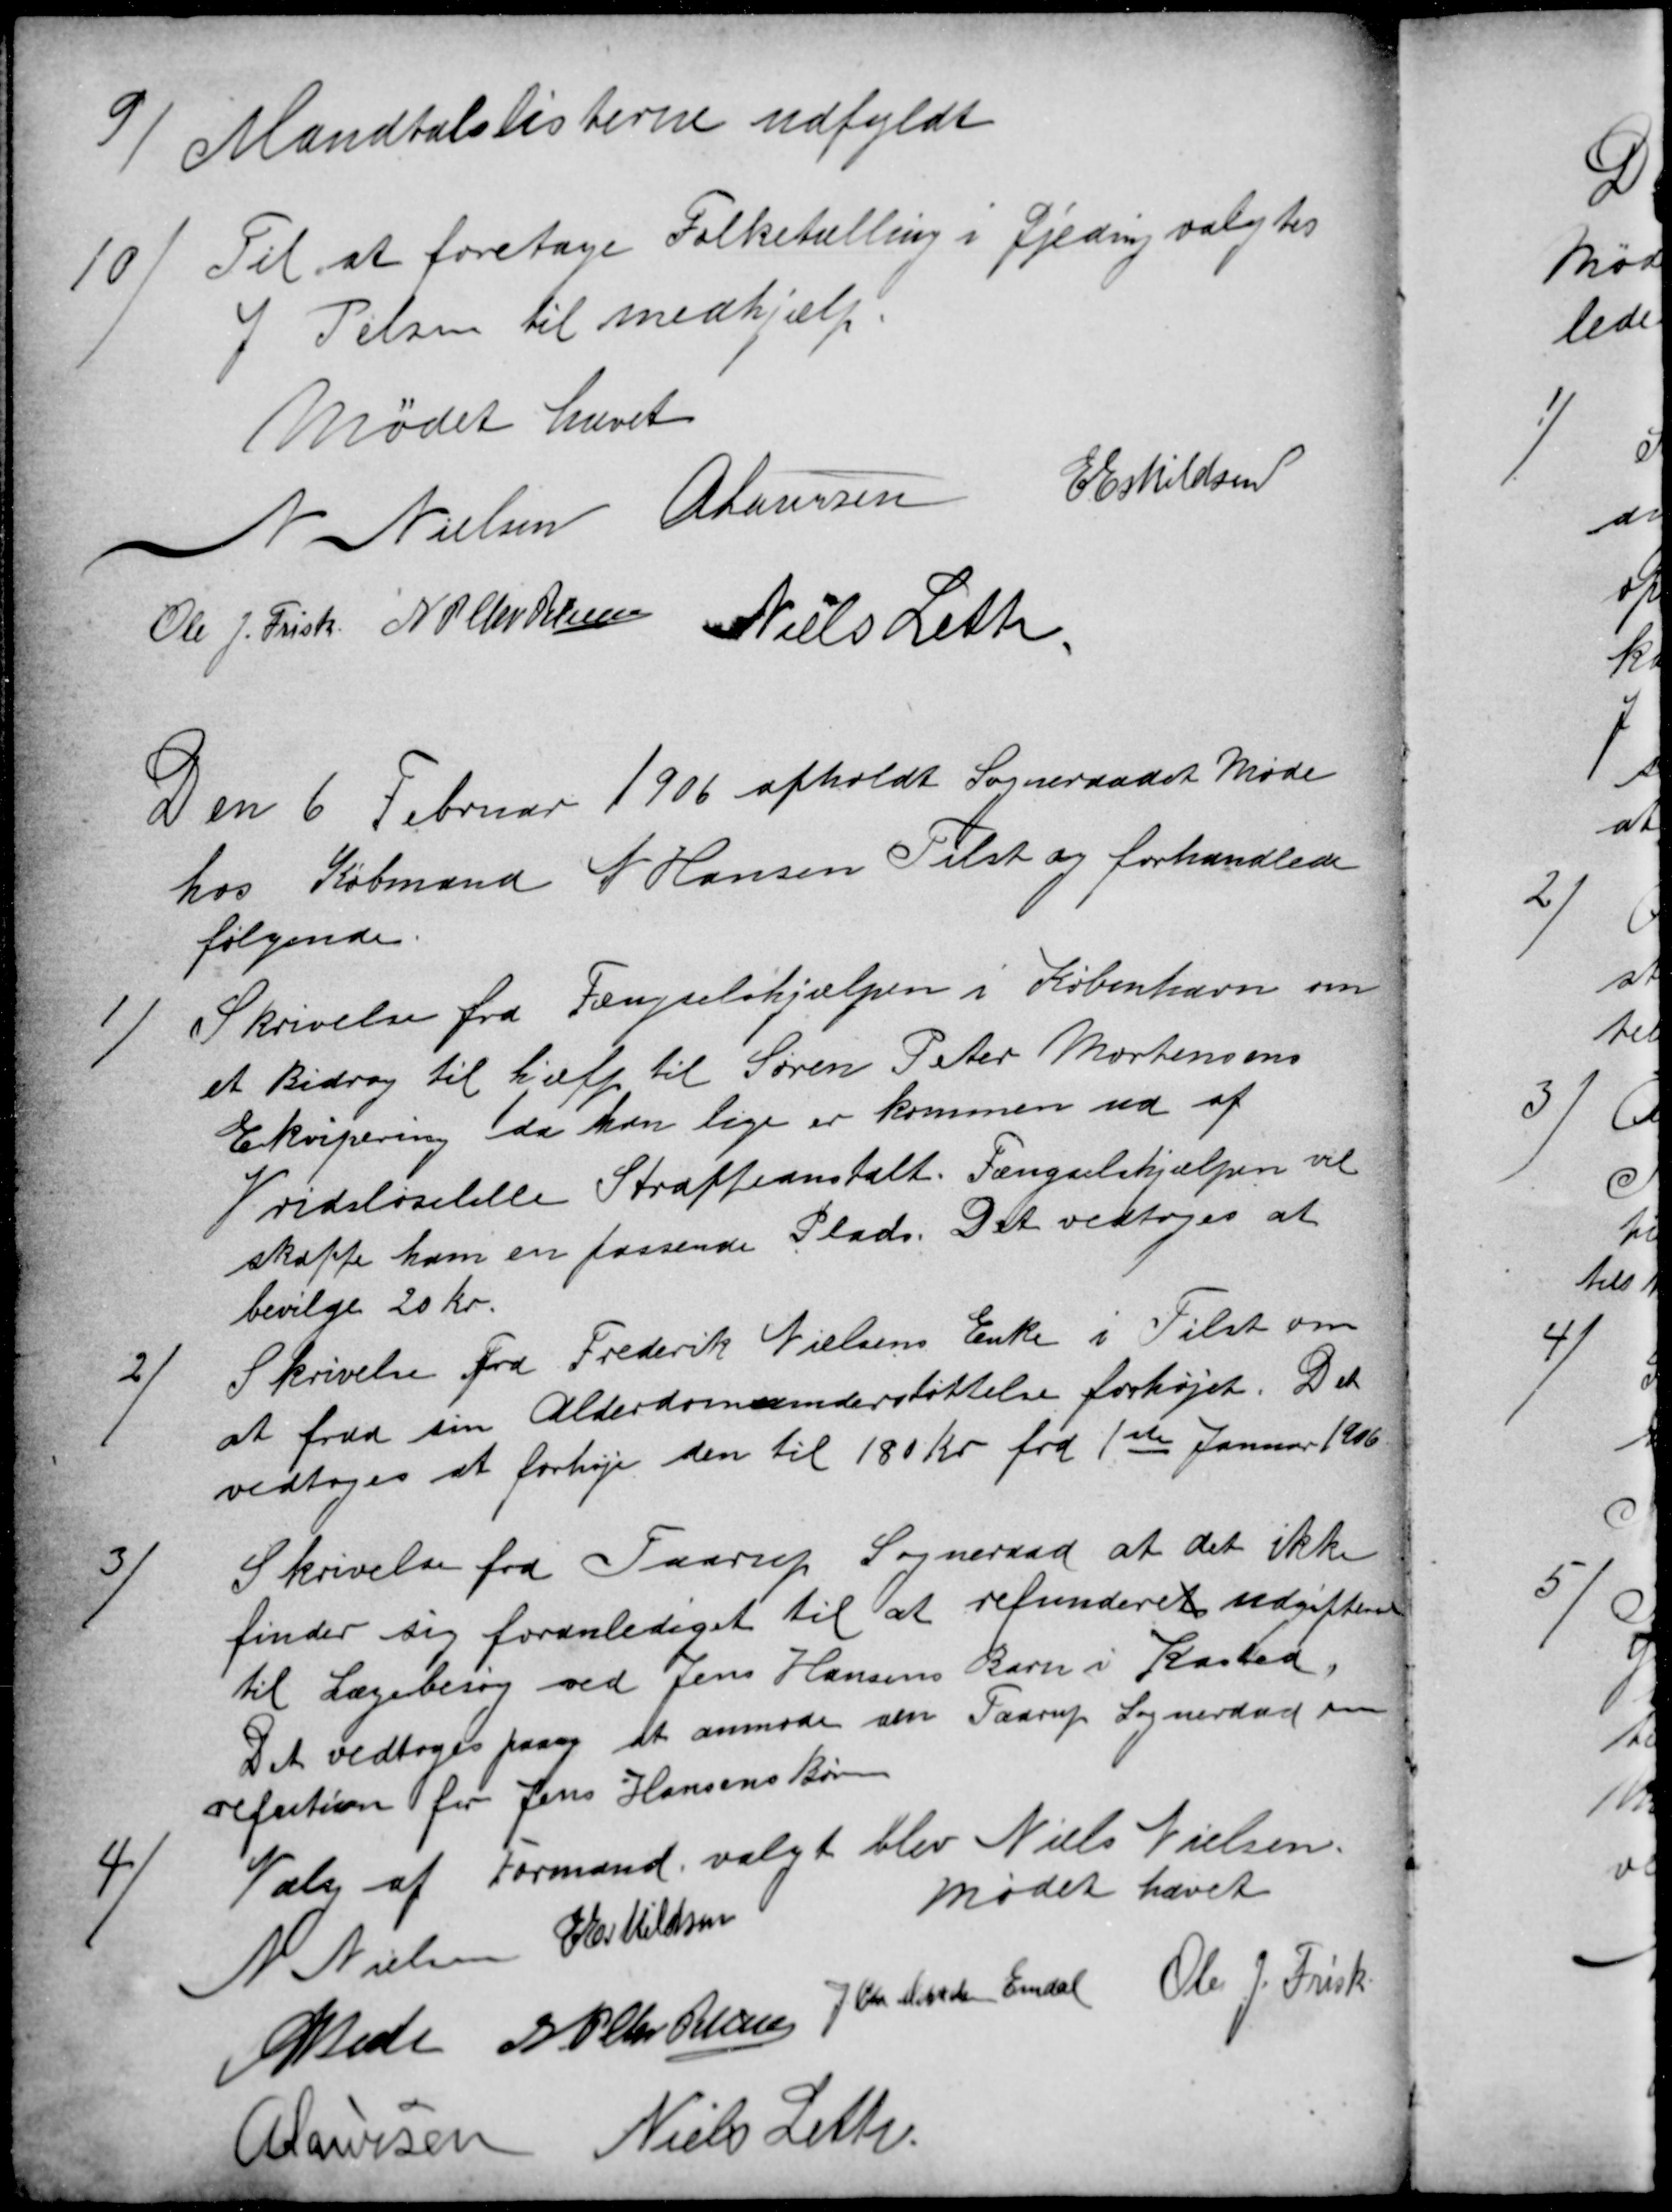
Transskription:
9)
Mandtalslisterne udfyldt
10
Til at foretage Folketælling i Gjeding valgtes
J Pelsen til medhjælp.
Mødet hævet
N Nielsen A Laursen
E Eskildsen
Ole J. Frisk N P Chr Petersen Niels Leth.
Den 6 Februar 1906 afholdt Sogneraadet Møde
hos Købmand N Hansen Tilst og forhandlede
følgende.
1)
Skrivelse fra Fængselshjælpen i København om
et Bidrag til hjælp til Søren Peter Mortensens
Ekvipering da han lige er kommen ud af 
Vridsløselille Straffeanstalt. Fængselshjælpen vil
skaffe ham en passende Plads. Det vedtoges at 
bevilge 20 Kr.
2)
Skrivelse fra Frederik Nielsens Enke i Tilst om
at fraa sin Alderdomsunderstøttelse forhøjet. Det
vedtoges at forhøje den til 180 Kr fra 1ste Januar 1906
3)
Skrivelse fra Faarup Sogneraad at det ikke
finder sig foranlediget til at refunderet udgifterne
til Lægebesøg ved Jens Hansens Barn i Kasted,
Det vedtoges paany at anmode om Faarup Sogneraad om
refution for Jens Hansens Børn
4)
Valg af Formand valgt blev Niels Nielsen.
N Nielsen E Eskildsen
Mødet hævet
A Nielsen N P Chr Petersen
J Chr Mikkelsen Emdal  Ole J. Frisk
A Laursen Niels Leth.